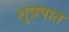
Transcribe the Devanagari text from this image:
शुत्रपात